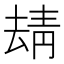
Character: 𩇘